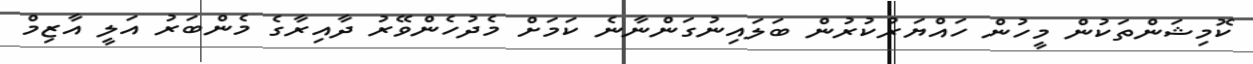
ކޮމިޝަންތަކުން މީހުން ހައްޔަރުކުރުން ބަލައިނުގަންނާނެ ކަމަށް މެދުހެންވޭރު ދާއިރާގެ މެންބަރު އަލީ އާޒިމް